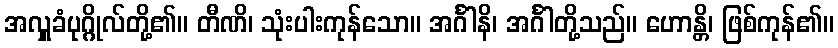
အလှူခံပုဂ္ဂိုလ်တို့၏။ တီဏိ၊ သုံးပါးကုန်သော။ အင်္ဂါနိ၊ အင်္ဂါတို့သည်။ ဟောန္တိ၊ ဖြစ်ကုန်၏။